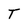
Character: T